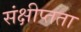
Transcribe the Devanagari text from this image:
संक्षीप्तता